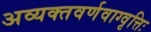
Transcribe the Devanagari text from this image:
अव्यक्तवर्णवाग्वृत्तिः